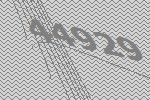
44929